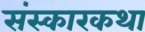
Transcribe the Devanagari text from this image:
संस्कारकथा